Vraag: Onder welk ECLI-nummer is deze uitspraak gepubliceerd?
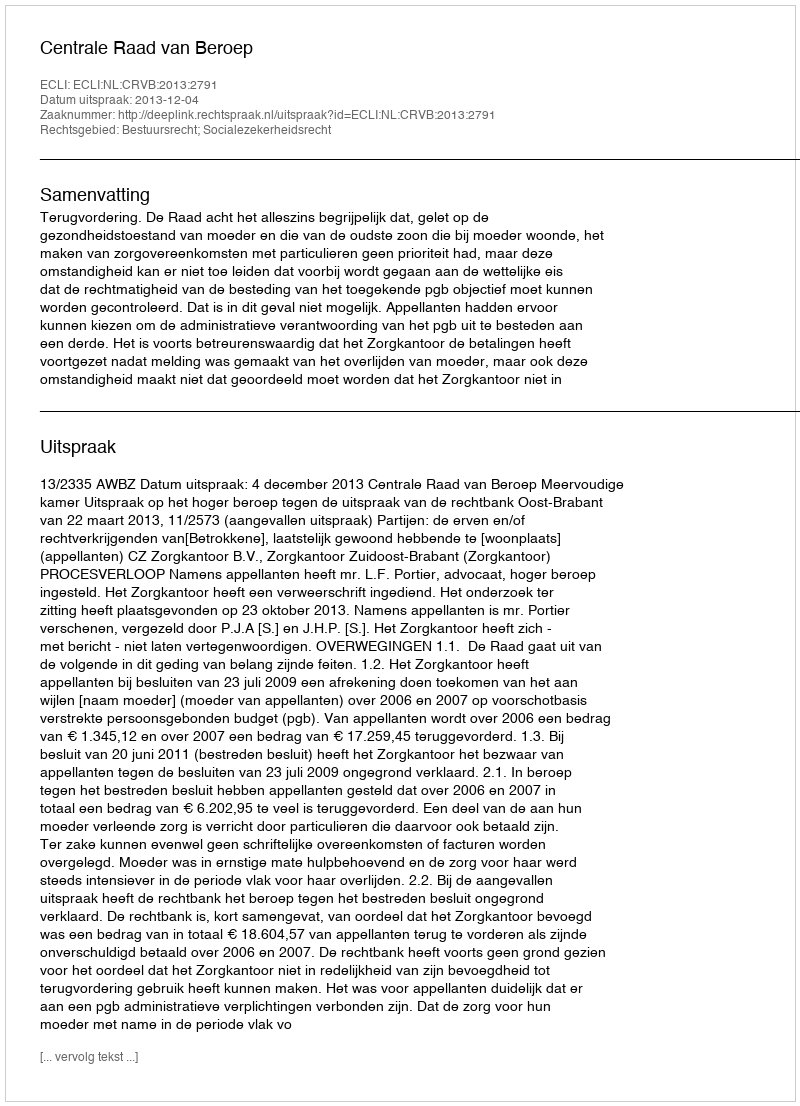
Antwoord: ECLI:NL:CRVB:2013:2791